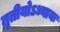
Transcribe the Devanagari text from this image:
तृतीयोऽध्यायः